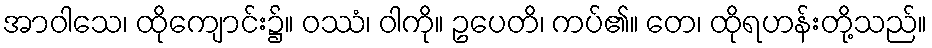
အာဝါသေ၊ ထိုကျောင်း၌။ ဝဿံ၊ ဝါကို။ ဥပေတိ၊ ကပ်၏။ တေ၊ ထိုရဟန်းတို့သည်။